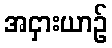
အငှားယာဉ်